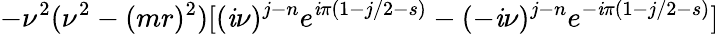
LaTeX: -\nu^{2}(\nu^{2}-(mr)^{2})[(\mathit{i}\nu)^{j-n}e^{\mathit{i}\pi(1-j/2-s)}-(-\mathit{i}\nu)^{j-n}e^{-\mathit{i}\pi(1-j/2-s)}]